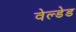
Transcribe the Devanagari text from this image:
वेल्डेड